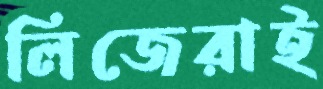
লিজেরাই